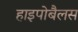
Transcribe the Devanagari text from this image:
हाइपोबैलस